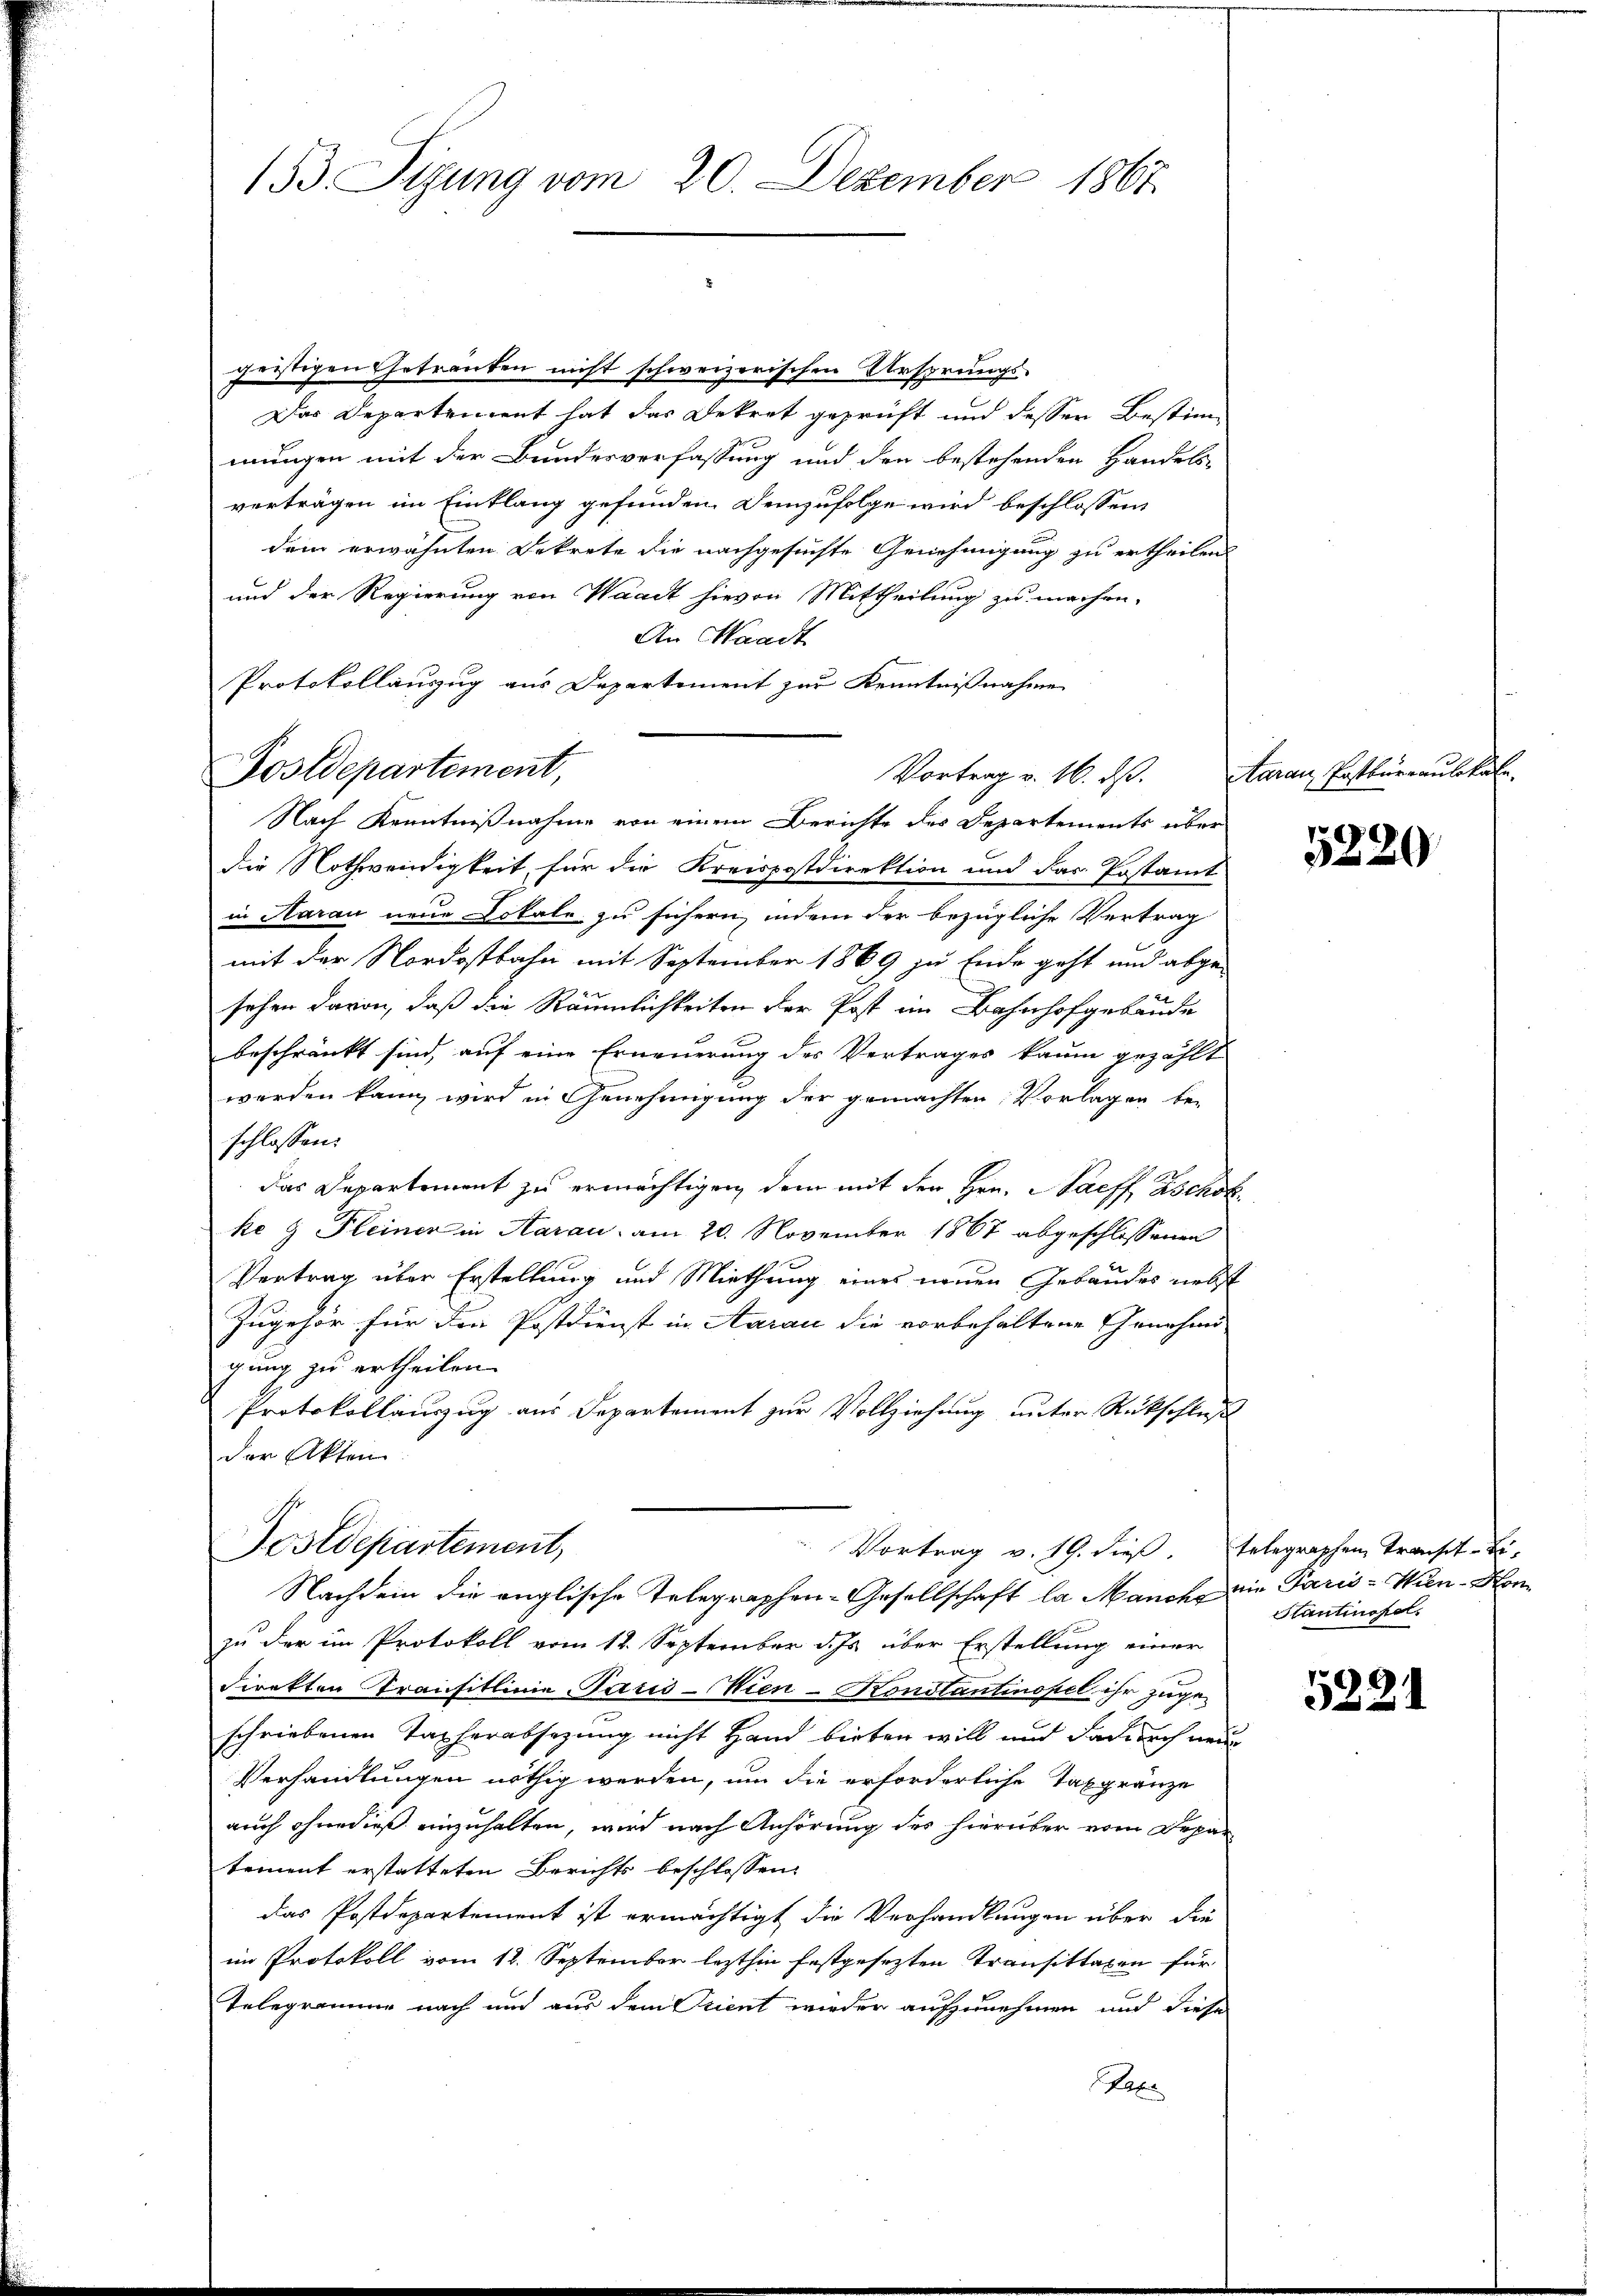
153. Sigung vom 20. Dezember 1867.

Protokollauszug aus Departement zur Kenntnißnahme
Postdepartement,
Vortrag v. 16. ds.

geistigen Getranken nicht schweizerischen Ursprungs-
Das Departement hat das Dekret geprüft und dessen Bestimmungen mit der Bundesverfassung und den bestehenden Handels-
verträgen im Einklang gefunden. Demzufolge wird beschlossen,
dem erwähnten Dekrete die nachgesuchte Genehmigung zu ertheilen
und der Regierung von Waadt hievon Mittheilung zu machen.
An Waadt
Nach Kenntnißnahme von einem Berichte des Departements über
die Nothwendigkeit für die Kreispostdirektion und das Postamt
in Haran neue Lokale zu sichern, indem der bezügliche Vertrag
mit der Nordostbahn mit September 1869 zu Ende geht und abge-
sehen davon, daß die Räumlichkeiten der Post im Bahnhofgebäude
beschränkt sind, auf eine Erneuerung des Vertrages kaum gezählt
werden kann wird in Genehmigung der gemachten Vorlagen be-
schlossen:
das Departement zu ermächtigen, dem mit der Hrn. Haeff Zschof
ke 9 Pleiner in Aarau am 20. November 1867 abgeschlossenen
Vertrag über Erstellung und Miethung eines neuen Gebäudes nebst
Zugehör für die Postdienst in Aarau die vorbehaltene Genehmi-
gung zu ertheilen.
Protokollauszug aus Departement zur Vollziehung unter Rückschluß
der Akten.
Postdepartement,
Vortrag v. 19. dieß. Telegraphen Transit-Bi¬
Nachdem die englische Telegraphen-Gesellschaft la Manche die Paris -Wien-Honzu der im Protokoll vom 12. September d. Js. über Erstellung einer
direkten Transitlinie Paris - Wien-Konstantinopel ihr zugeschriebenen Taxherabsezung nicht Hand bieten will und daß durch neue
Verhandlungen nöthig werden, um die erforderliche Taxgränze
auch ohne dieß einzuhalten, wird nach Anhörung des hierüber vom Depar
tement erstatteten Berichts beschlossen:
das Postdepartement ist ermächtigt die Verhandlungen über die
im Protokoll vom 12. September lezthin festgesezten Transittaxen für
Telegramme nach und aus dem Stient wieder aufzunehmen und diese
Pater

Aarau, Postbureauskale.

5220

Stantinopel.

5221